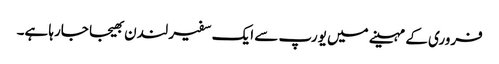
فروری کے مہینے میں یورپ سے ایک سفیر لندن بھیجا جارہا ہے۔